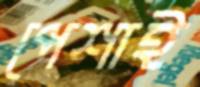
পেশাই